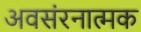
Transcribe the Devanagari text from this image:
अवसंरनात्मक